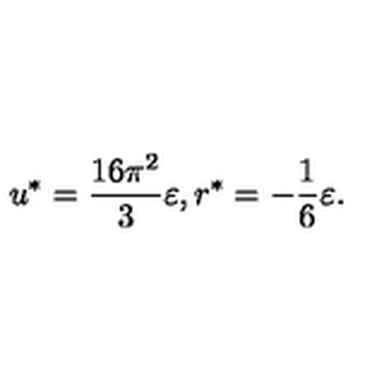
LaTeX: u ^ { * } = \frac { 1 6 \pi ^ { 2 } } { 3 } \varepsilon , r ^ { * } = - \frac { 1 } { 6 } \varepsilon .